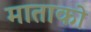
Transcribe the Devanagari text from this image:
माताको